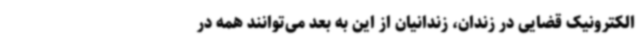
الکترونیک قضایی در زندان، زندانیان از این به بعد می‌توانند همه در